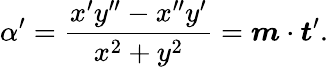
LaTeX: \alpha^{\prime}=\frac{x^{\prime}y^{\prime\prime}-x^{\prime\prime}y^{\prime}}{x^{2}+y^{2}}=\boldsymbol{m}\cdot\boldsymbol{t}^{\prime}.